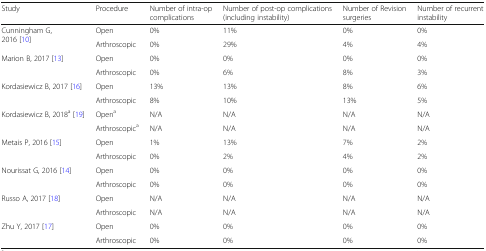
<table><thead><tr><td><b>Study</b></td><td><b>Procedure</b></td><td><b>Number of intra-op complications</b></td><td><b>Number of post-op complications (including instability)</b></td><td><b>Number of Revision surgeries</b></td><td><b>Number of recurrent instability</b></td></tr></thead><tbody><tr><td rowspan="2">Cunningham G, 2016 [10]</td><td>Open</td><td>0%</td><td>11%</td><td>0%</td><td>0%</td></tr><tr><td>Arthroscopic</td><td>0%</td><td>29%</td><td>4%</td><td>4%</td></tr><tr><td rowspan="2">Marion B, 2017 [13]</td><td>Open</td><td>0%</td><td>0%</td><td>0%</td><td>0%</td></tr><tr><td>Arthroscopic</td><td>0%</td><td>6%</td><td>8%</td><td>3%</td></tr><tr><td rowspan="2">Kordasiewicz B, 2017 [16]</td><td>Open</td><td>13%</td><td>13%</td><td>8%</td><td>6%</td></tr><tr><td>Arthroscopic</td><td>8%</td><td>10%</td><td>13%</td><td>5%</td></tr><tr><td rowspan="2">Kordasiewicz B, 2018<sup>a</sup> [19]</td><td>Open<sup>a</sup></td><td>N/A</td><td>N/A</td><td>N/A</td><td>N/A</td></tr><tr><td>Arthroscopic<sup>a</sup></td><td>N/A</td><td>N/A</td><td>N/A</td><td>N/A</td></tr><tr><td rowspan="2">Metais P, 2016 [15]</td><td>Open</td><td>1%</td><td>13%</td><td>7%</td><td>2%</td></tr><tr><td>Arthroscopic</td><td>0%</td><td>2%</td><td>4%</td><td>2%</td></tr><tr><td rowspan="2">Nourissat G, 2016 [14]</td><td>Open</td><td>0%</td><td>0%</td><td>0%</td><td>0%</td></tr><tr><td>Arthroscopic</td><td>0%</td><td>0%</td><td>0%</td><td>0%</td></tr><tr><td rowspan="2">Russo A, 2017 [18]</td><td>Open</td><td>N/A</td><td>N/A</td><td>N/A</td><td>N/A</td></tr><tr><td>Arthroscopic</td><td>N/A</td><td>N/A</td><td>N/A</td><td>N/A</td></tr><tr><td rowspan="2">Zhu Y, 2017 [17]</td><td>Open</td><td>0%</td><td>0%</td><td>0%</td><td>0%</td></tr><tr><td>Arthroscopic</td><td>0%</td><td>0%</td><td>0%</td><td>0%</td></tr></tbody></table>